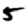
Digit: 5